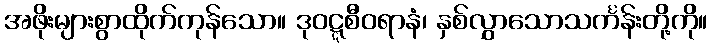
အဖိုးများစွာထိုက်ကုန်သော။ ဒုဝဋ္ဋစီဝရာနံ၊ နှစ်လွှာသောသင်္ကန်းတို့ကို။